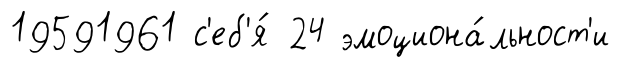
19591961 с'еб'я́ 24 эмоциона́льност'и